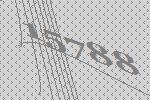
15788